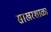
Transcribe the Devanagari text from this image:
साखरशाळा